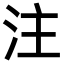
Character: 注